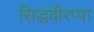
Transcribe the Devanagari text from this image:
सिद्धवीरप्पा